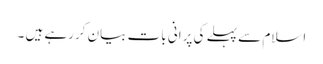
اسلام سے پہلے کی پرانی بات بیان کررہے ہیں ۔